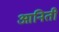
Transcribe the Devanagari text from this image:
आनिती